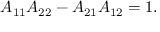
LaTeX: A _ { 1 1 } A _ { 2 2 } - A _ { 2 1 } A _ { 1 2 } = 1 .